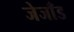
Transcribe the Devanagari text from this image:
जेजाँड